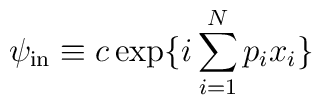
\psi_{\rm in}  \equiv c \exp  \{ i \sum_{i=1}^N p_i x_i \}\,\,